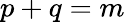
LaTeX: p+q=m